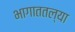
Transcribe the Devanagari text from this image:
भागाततल्या